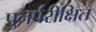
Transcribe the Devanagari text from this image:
पुनर्परीक्षित